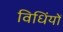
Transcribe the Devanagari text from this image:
विधिंयों